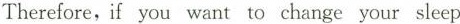
Therefore,if you want to change your sleep